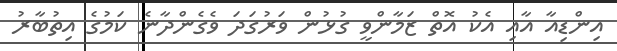
އިންޑިއާ އާއި އެކު އޮތް ޒަމާންވީ ގުޅުން ވަރުގަދަ ވެގެންދާނެ ކަމުގެ އިތުބާރު